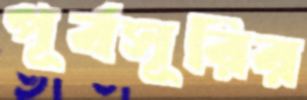
পূর্বসূরির